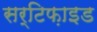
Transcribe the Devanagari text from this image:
सर्टिफ़ाइड